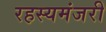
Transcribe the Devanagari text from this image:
रहस्यमंजरी